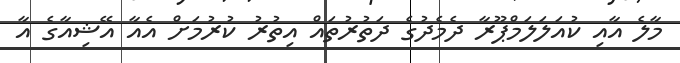
މާލެ އާއި ކުއަލަލަމްޕޫރާ ދެމެދުގެ ދަތުރުތައް އިތުރު ކުރުމަށް އެއާ އޭޝިއާގެ އާ